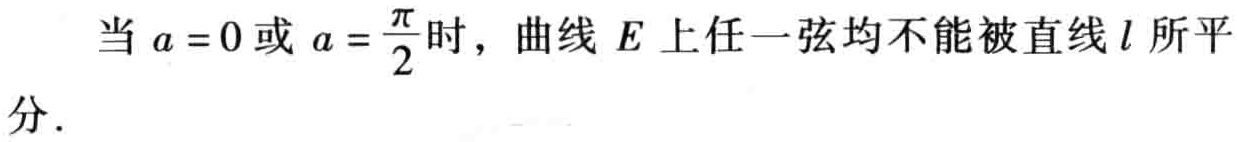
当\(a = 0\)或\(a = \frac{\pi}{2}\)时，曲线 \(E\) 上任一弦均不能被直线 \(l\) 所平分．